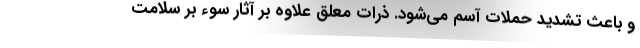
و باعث تشدید حملات آسم می‌شود. ذرات معلق علاوه بر آثار سوء بر سلامت